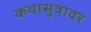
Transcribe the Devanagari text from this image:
कथासुत्रावर